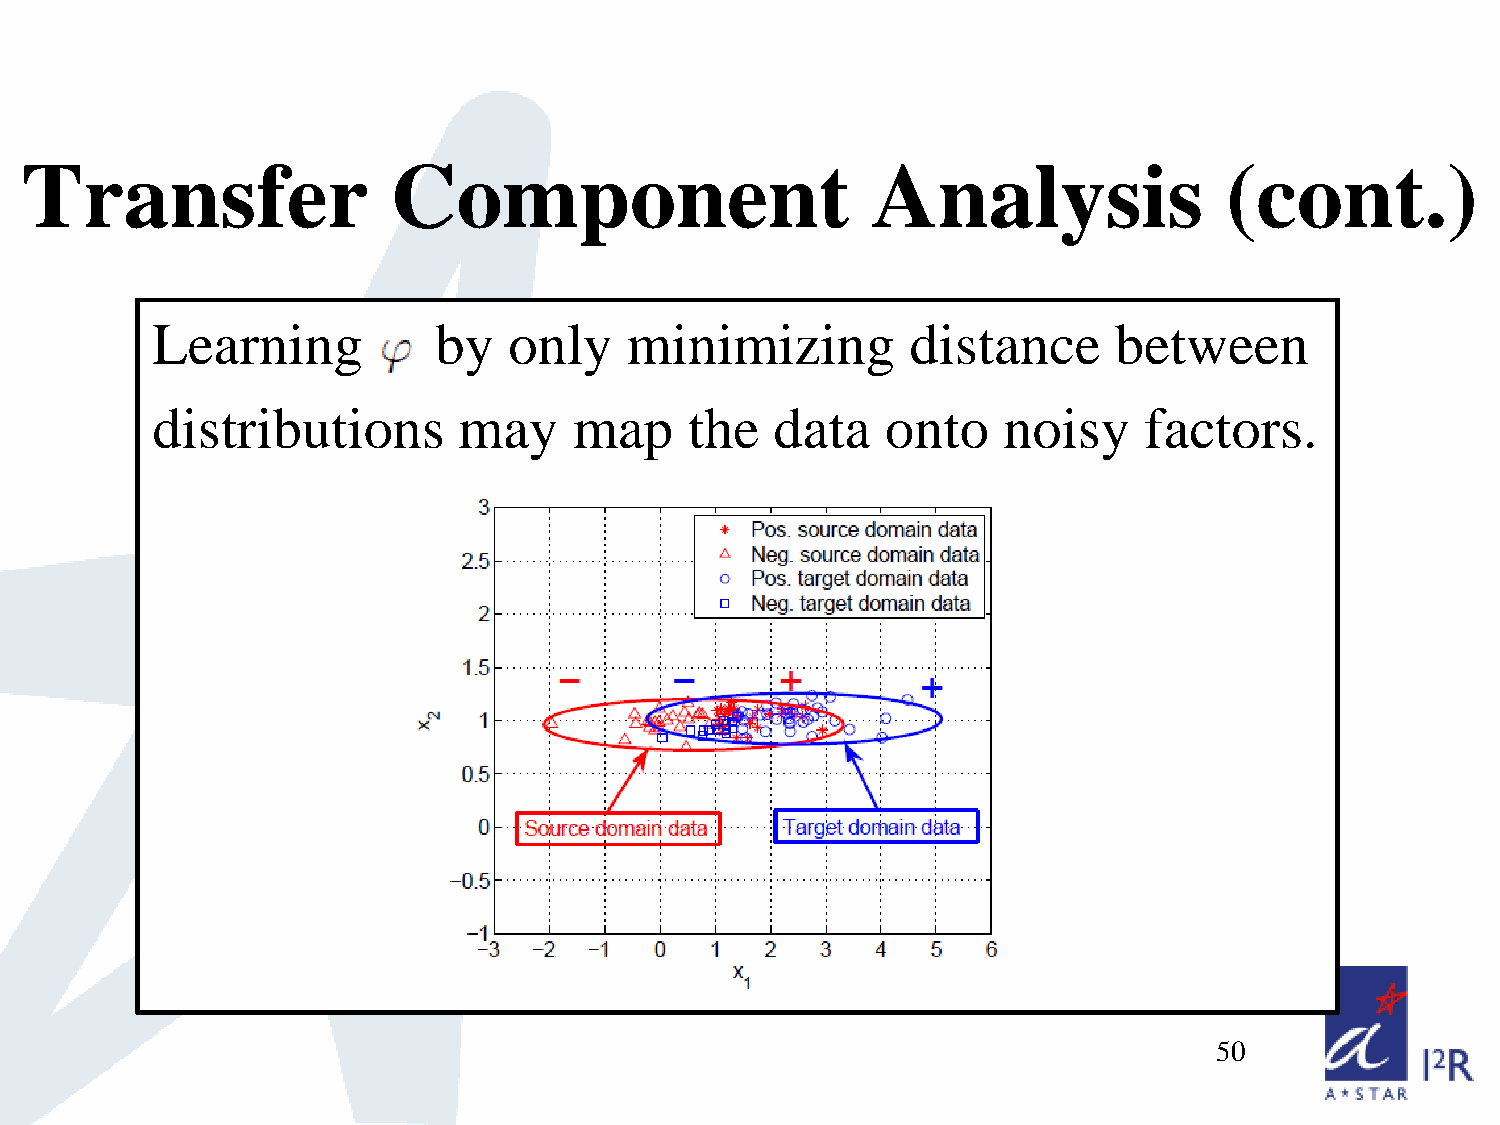
Transfer                 Component                       Analysis               (cont.)
 Learning           by   only   minimizing         distance      between
 distributions       may     map     the  data    onto   noisy     factors.
 50